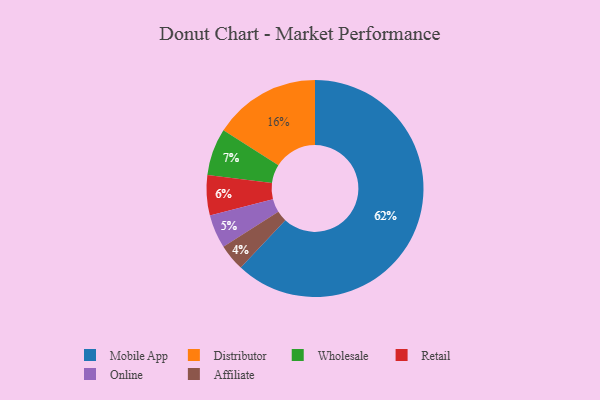
{"axis": {"x": "Category", "y": "Percentage"}, "legend": ["Affiliate", "Distributor", "Mobile App", "Online", "Retail", "Wholesale"], "data": [{"x": "Online", "y": 5, "type": "Online"}, {"x": "Distributor", "y": 16, "type": "Distributor"}, {"x": "Retail", "y": 6, "type": "Retail"}, {"x": "Affiliate", "y": 4, "type": "Affiliate"}, {"x": "Mobile App", "y": 62, "type": "Mobile App"}, {"x": "Wholesale", "y": 7, "type": "Wholesale"}]}